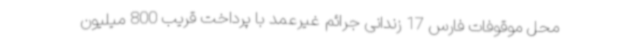
محل موقوفات فارس 17 زندانی جرائم غیرعمد با پرداخت قریب 800 میلیون